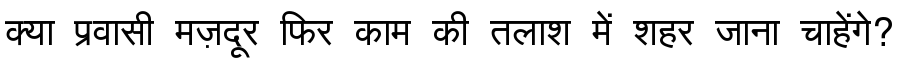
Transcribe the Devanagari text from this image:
क्या प्रवासी मज़दूर फिर काम की तलाश में शहर जाना चाहेंगे?